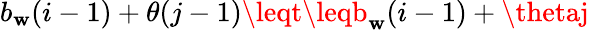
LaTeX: b_{\mathbf{w}}(i-1)+\theta(j-1)\leqt\leqb_{\mathbf{w}}(i-1)+\thetaj